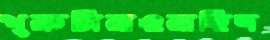
খুরুসিয়াওয়াহিদ